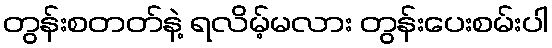
တွန်းစတတ်နဲ့ ရလိမ့်မလား တွန်းပေးစမ်းပါ